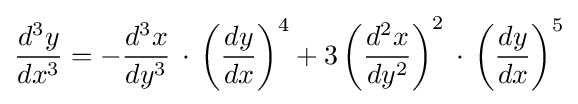
{\frac {d^{3}y}{dx^{3}}}=-{\frac {d^{3}x}{dy^{3}}}\,\cdot \,\left({\frac {dy}{dx}}\right)^{4}+3\left({\frac {d^{2}x}{dy^{2}}}\right)^{2}\,\cdot \,\left({\frac {dy}{dx}}\right)^{5}